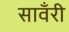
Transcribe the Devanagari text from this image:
सावँरी